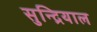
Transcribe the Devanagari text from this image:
सुन्द्रियाल